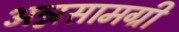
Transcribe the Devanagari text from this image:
अन्नसामग्री